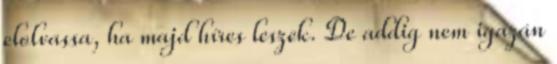
elolvassa, ha majd híres leszek. De addig nem igazán